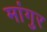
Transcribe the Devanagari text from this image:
मांगुर